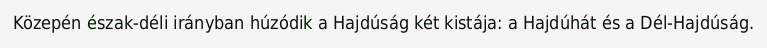
Közepén észak-déli irányban húzódik a Hajdúság két kistája: a Hajdúhát és a Dél-Hajdúság.